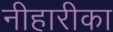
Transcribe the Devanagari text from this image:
नीहारीका